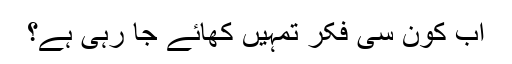
اب کون سی فکر تمہیں کھائے جا رہی ہے؟